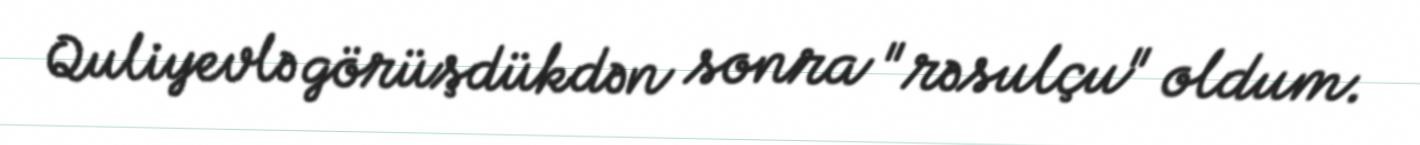
Quliyevlə görüşdükdən sonra "rəsulçu" oldum.